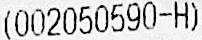
(002050590-H)